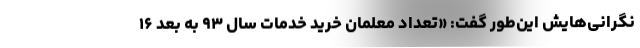
نگرانی‌هایش این‌طور گفت: «تعداد معلمان خرید خدمات سال ۹۳ به بعد ۱۶